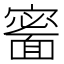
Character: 𩈰